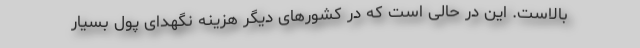
بالاست. این در حالی است که در کشورهای دیگر هزینه نگهدای پول بسیار